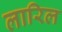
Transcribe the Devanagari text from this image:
लारिल